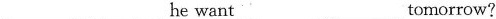
___ ___ he want ___ ___tomorrow?